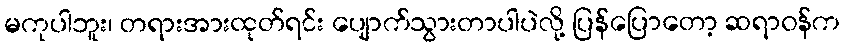
မကုပါဘူး၊ တရားအားထုတ်ရင်း ပျောက်သွားတာပါပဲလို့ ပြန်ပြောတော့ ဆရာဝန်က